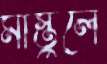
মাস্তুলে